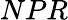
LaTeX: NPR